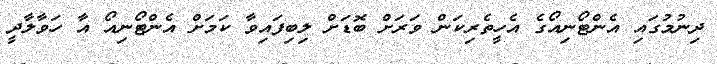
ދިނުމުގައި އެންޓޯނިއޯގެ އެހީތެރިކަން ވަރަށް ބޮޑަށް ލިބިފައިވާ ކަމަށް އެންޓޯނިއޯ އާ ހަވާލާދީ